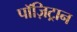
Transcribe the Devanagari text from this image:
पॉज़िट्रान